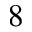
_ 8